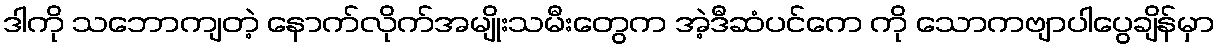
ဒါကို သဘောကျတဲ့ နောက်လိုက်အမျိုးသမီးတွေက အဲ့ဒီဆံပင်ကေ ကို သောကဗျာပါပွေချိန်မှာ